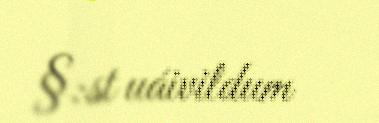
§:st uáivildum